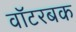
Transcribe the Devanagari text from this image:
वॉटरबक